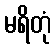
မရိတုံ